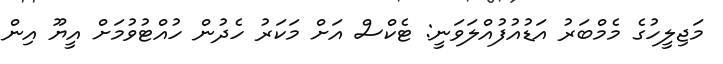
މަޖިލީހުގެ މެމްބަރު އަޑުއުފުއްލަވަނީ: ޓެކްސް އަށް މަކަރު ހެދުން ހުއްޓުވުމަށް އީޔޫ އިން